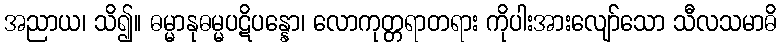
အညာယ၊ သိ၍။ ဓမ္မာနုဓမ္မပဋိပန္နော၊ လောကုတ္တရာတရား ကိုပါးအားလျော်သော သီလသမာဓိ